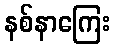
နစ်နာကြေး